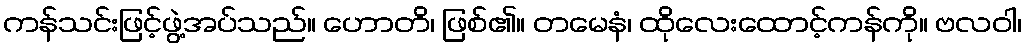
ကန်သင်းဖြင့်ဖွဲ့အပ်သည်။ ဟောတိ၊ ဖြစ်၏။ တမေနံ၊ ထိုလေးထောင့်ကန်ကို။ ဗလဝါ၊